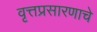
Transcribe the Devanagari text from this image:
वृत्तप्रसारणाचे